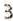
3